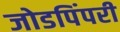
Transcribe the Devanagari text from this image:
जोडपिंपरी